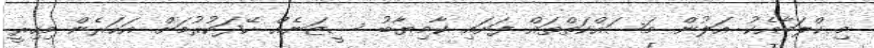
މި ކްލަބާއެކު އަލުން މަސައްކަތްތައް ފަށައި ކާމިޔާބު ސީޒަނެއް ހޭދަކުރުމަށް އަހަރެން މިހިރީ